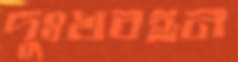
দুঃখবহন